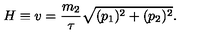
H \equiv v = \frac { m _ { 2 } } { \tau } \sqrt { ( p _ { 1 } ) ^ { 2 } + ( p _ { 2 } ) ^ { 2 } } .